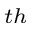
^ { t h }